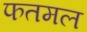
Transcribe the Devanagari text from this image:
फतमल